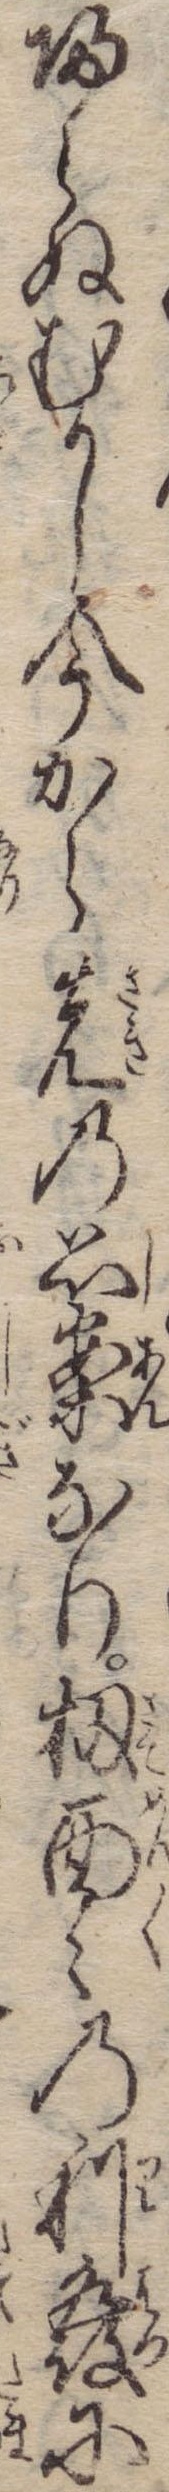
帰らぬむかし今から先の思案なり扨面々の利発に